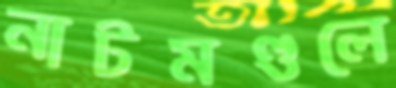
নাটমণ্ডলে